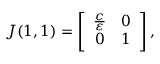
\begin{array} { r } { J ( 1 , 1 ) = \left[ { \begin{array} { c c } { \frac { c } { \varepsilon } } & { 0 } \\ { 0 } & { 1 } \end{array} } \right] , } \end{array}